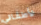
لأطفالي